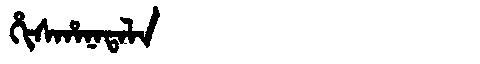
Manchu: ᡥᡳᠰᡥᠠᠨᠠᡨᠠᠯᠠ
Romanization: HISHANATALA